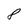
Character: 8